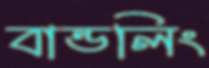
বান্ডলিং